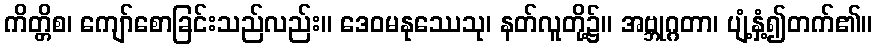
ကိတ္တိစ၊ ကျော်စောခြင်းသည်လည်း။ ဒေဝမနုဿေသု၊ နတ်လူတို့၌။ အဗ္ဘုဂ္ဂတာ၊ ပျံ့နှံ့၍တက်၏။